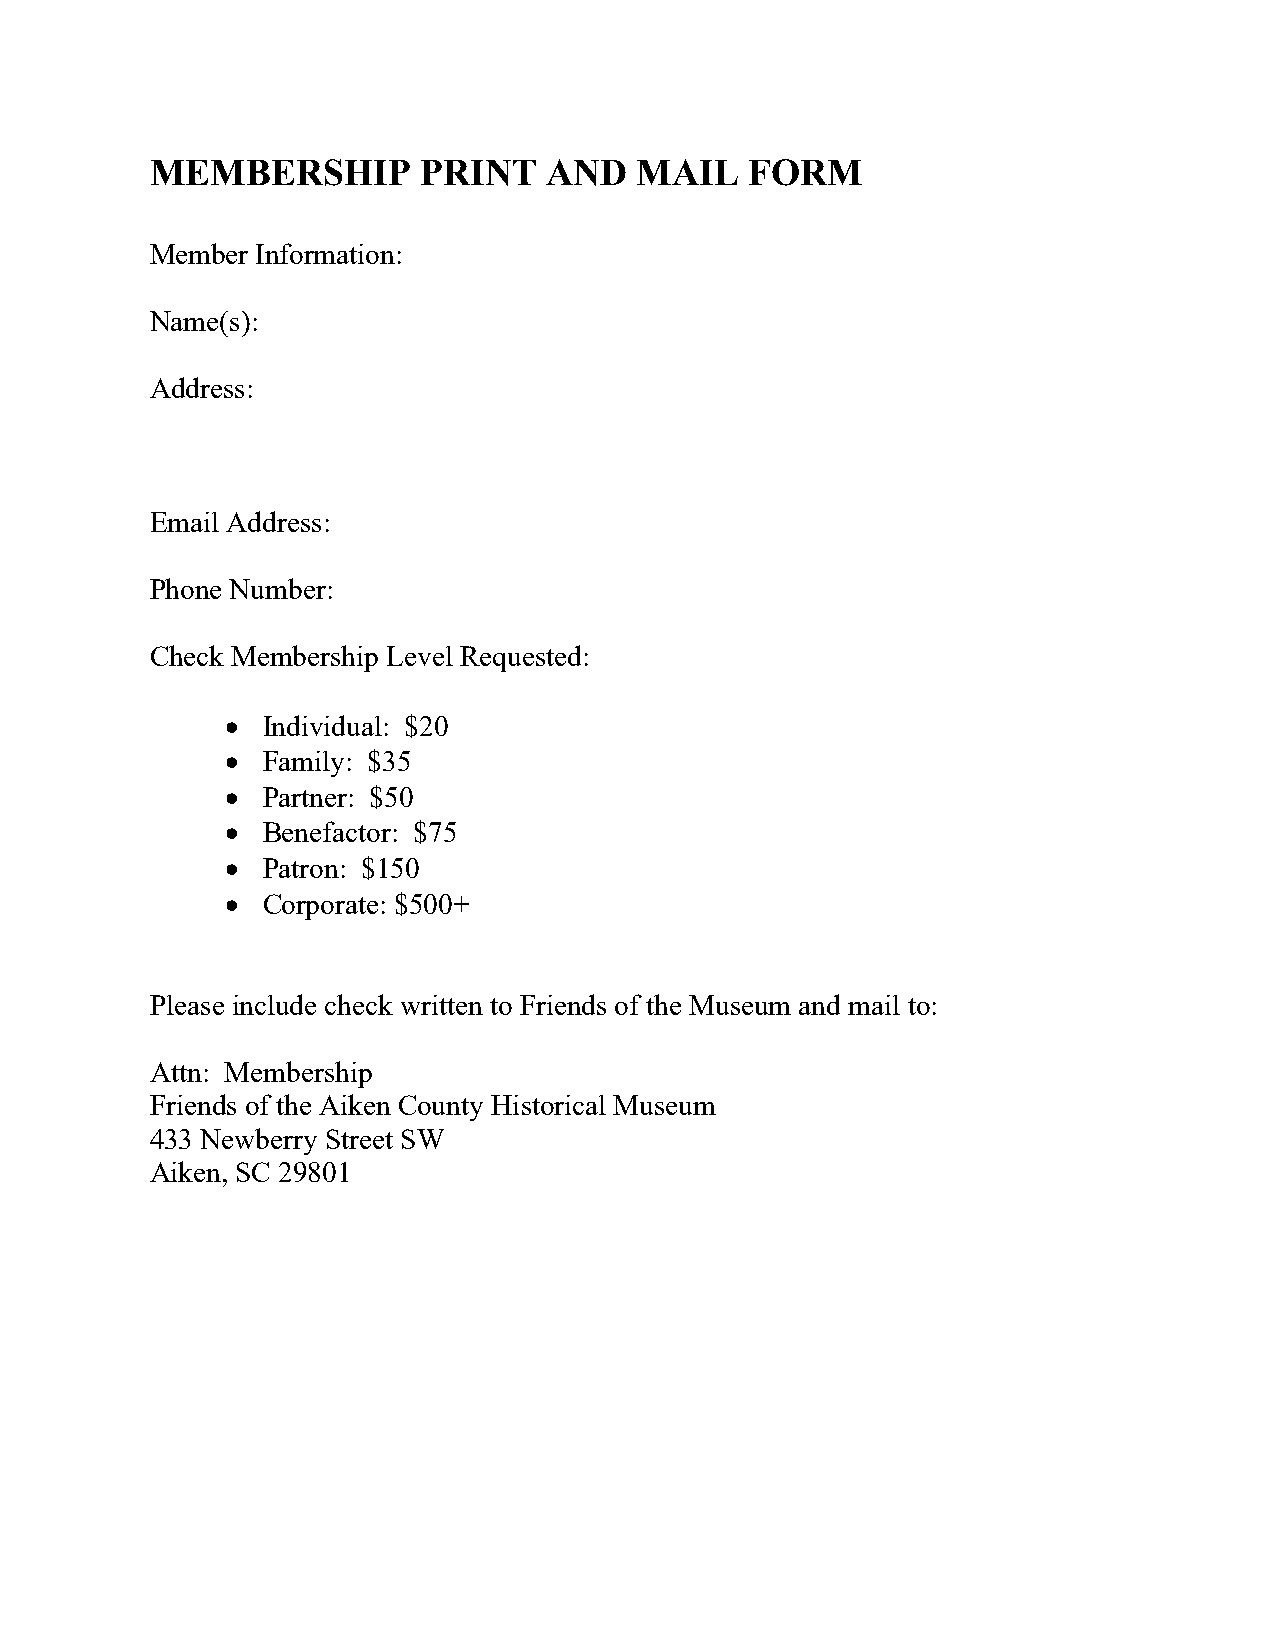
MEMBERSHIP        PRINT   AND   MAIL    FORM
 Member Information:
 Name(s):
 Address:
 Email Address:
 Phone Number:
 Check Membership Level Requested:
 • Individual: $20
 • Family: $35
 • Partner: $50
 • Benefactor: $75
 • Patron: $150
 • Corporate: $500+
 Please include check written to Friends of the Museum and mail to:
 Attn: Membership
 Friends of the Aiken County Historical Museum
 433 Newberry Street SW
 Aiken, SC 29801